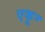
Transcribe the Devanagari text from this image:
एकूण्‍